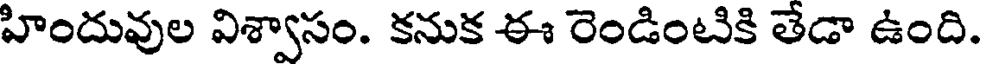
హిందువుల విశ్వాసం. కనుక ఈ రెండింటికి తేడా ఉంది.